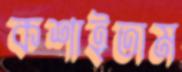
কশাইতাম